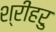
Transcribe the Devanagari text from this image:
श्रीहरु